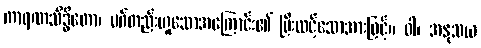
ကာရဏသိဒ္ဓိတော၊ မဂ်တည်းဟူသောအကြောင်း၏ ပြီးလင့်သောအားဖြင့်။ ဝါ၊ အနုသယ